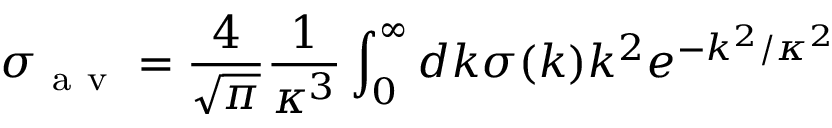
\sigma _ { \mathrm { ~ a ~ v ~ } } = \frac { 4 } { \sqrt { \pi } } \frac { 1 } { \kappa ^ { 3 } } \int _ { 0 } ^ { \infty } d k \sigma ( k ) k ^ { 2 } e ^ { - k ^ { 2 } / \kappa ^ { 2 } }